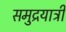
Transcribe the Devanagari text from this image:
समुद्रयात्री